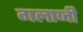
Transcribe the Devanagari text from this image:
गलाजी